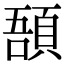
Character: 𩒾